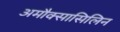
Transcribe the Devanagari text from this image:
अमौक्सासिलिन